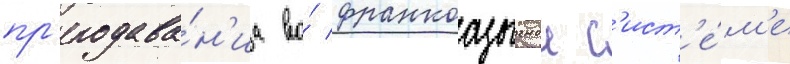
пр'еподава́н'иа во́ франкоазычнои с'ист'е́м'е